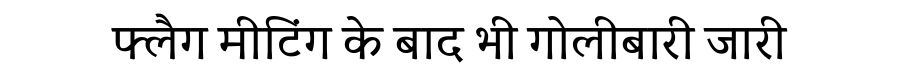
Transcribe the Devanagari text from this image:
फ्लैग मीटिंग के बाद भी गोलीबारी जारी